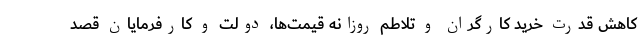
کاهش قدرت خرید کارگران و تلاطم روزانه قیمت‌ها، دولت و کارفرمایان قصد